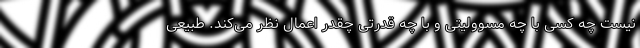
نیست چه کسی با چه مسوولیتی و با چه قدرتی چقدر اعمال نظر می‌کند. طبیعی